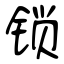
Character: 锁